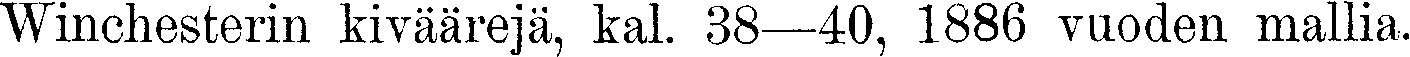
Winchesterin kiväärejä, kal. 38—40, 1886 vuoden mallia.